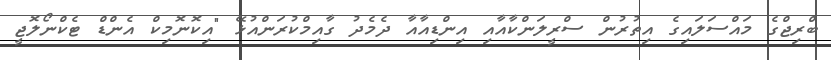
ބްރިޖްގެ މައްސަލައިގެ އިތުރުން ސްރީލަންކާއާއި އިންޑިއާއާ ދެމެދު ގާއިމްކުރަންއުޅޭ "އިކޮނޮމިކް އެންޑް ޓެކްނޯލޮޖީ